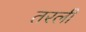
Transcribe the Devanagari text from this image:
तरली